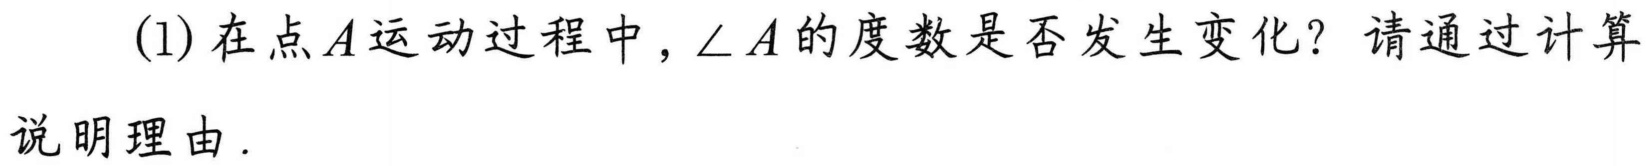
(1)在点\(A\)运动过程中，\(\angle A\)的度数是否发生变化？请通过计算
说明理由.